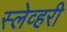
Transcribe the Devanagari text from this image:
स्लेव्हरी